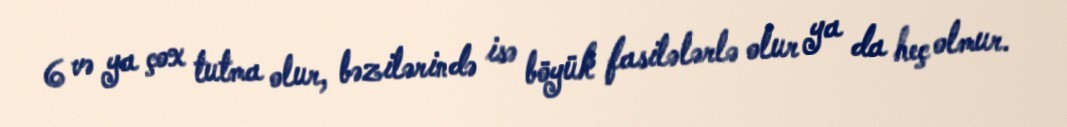
6 və ya çox tutma olur, bəzilərində isə böyük fasilələrlə olur ya da heç olmur.